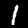
Digit: 1